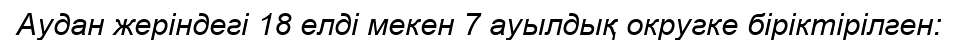
Аудан жеріндегі 18 елді мекен 7 ауылдық округке біріктірілген: